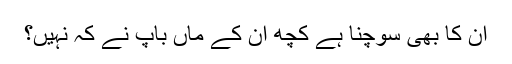
ان کا بھی سوچنا ہے کچھ ان کے ماں باپ نے کہ نہیں؟